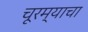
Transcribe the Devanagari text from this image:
चूरम्याचा